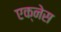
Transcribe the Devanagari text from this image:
एक्नेस